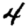
Digit: 4